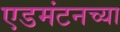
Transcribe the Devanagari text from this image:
एडमंटनच्या